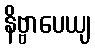
နိဗ္ဗာပေယျ